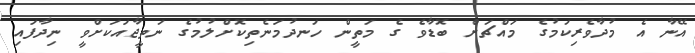
އޭނާ އެ މުދާވެރިކަމުގެ މައްޗަށް ބޮޑާވެ ގެ މަތީން ހަނދުމަނެތިކޮށްލުމުގެ ނަތީޖާއަކަށްވީ ނިދާފައި